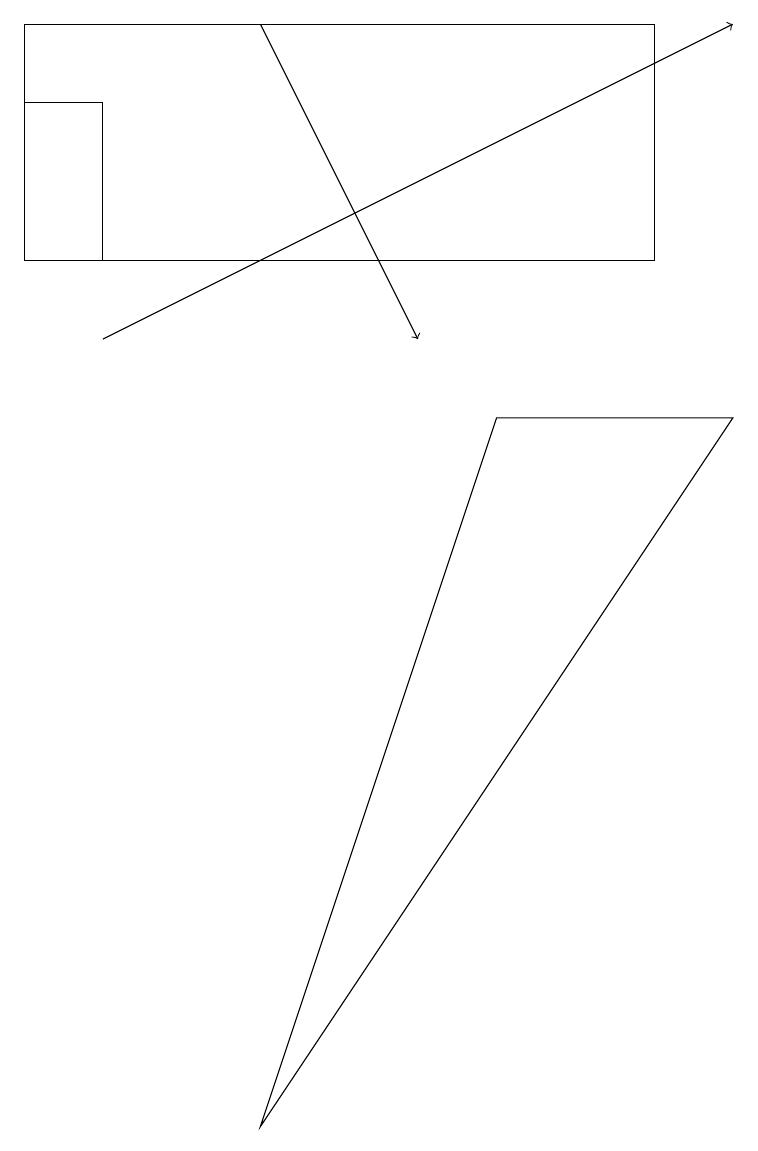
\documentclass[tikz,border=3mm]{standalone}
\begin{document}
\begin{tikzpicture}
\draw[->] (3,14) -- (5,10);
\draw (1,11) rectangle (0,13);
\draw (6,9) -- (9,9) -- (3,0) -- cycle;
\draw[->] (1,10) -- (9,14);
\draw (8,11) rectangle (0,14);
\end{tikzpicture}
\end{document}